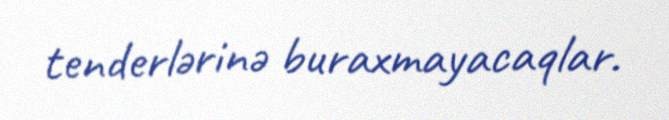
tenderlərinə buraxmayacaqlar.